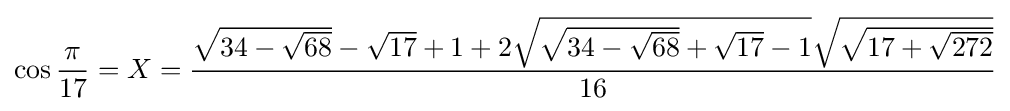
\cos {\frac {\pi }{17}}=X={\frac {{\sqrt {34-{\sqrt {68}}}}-{\sqrt {17}}+1+2{\sqrt {{\sqrt {34-{\sqrt {68}}}}+{\sqrt {17}}-1}}{\sqrt {\sqrt {17+{\sqrt {272}}}}}}{16}}